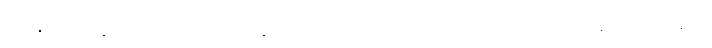
သန္တိ၊ ရှိကုန်၏။ ယထာရူပေန၊ အကြင်သို့သဘောရှိသော။ သီလေန၊ သီလနှင့်။